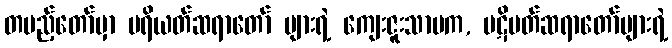
တပည့်တော်မှာ ပရိယတ်ဆရာတော် များရဲ့ ကျေးဇူးသာမက, ပဋိပတ်ဆရာတော်များရဲ့